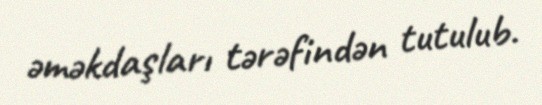
əməkdaşları tərəfindən tutulub.